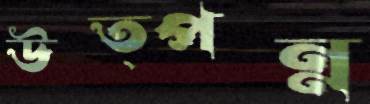
উত্পন্ন